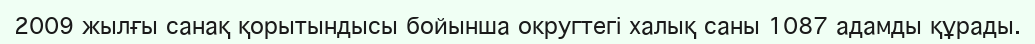
2009 жылғы санақ қорытындысы бойынша округтегі халық саны 1087 адамды құрады.